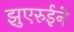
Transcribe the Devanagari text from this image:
झुएरुईने